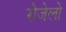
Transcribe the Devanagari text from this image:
रोजेलो